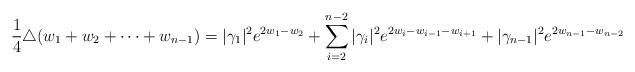
LaTeX: \begin{align*}\frac{1}{4}\triangle(w_1+w_2+\cdots+w_{n-1})=|\gamma_1|^2e^{2w_1-w_2}+\sum_{i=2}^{n-2}|\gamma_i|^2e^{2w_i-w_{i-1}-w_{i+1}}+|\gamma_{n-1}|^2e^{2w_{n-1}-w_{n-2}}\end{align*}